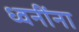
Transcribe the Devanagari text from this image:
ध्वनींना